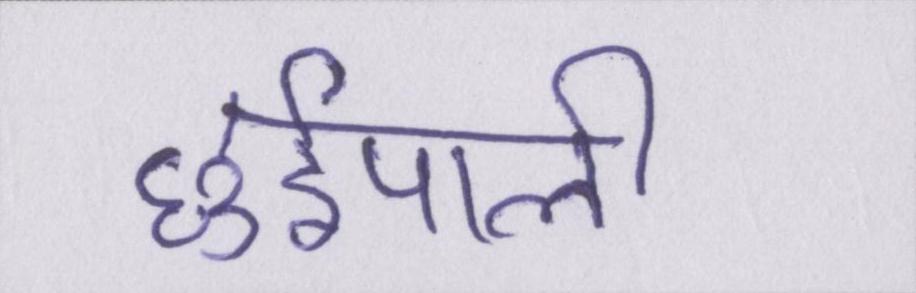
छुईपाली